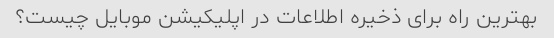
بهترین راه برای ذخیره اطلاعات در اپلیکیشن موبایل چیست؟